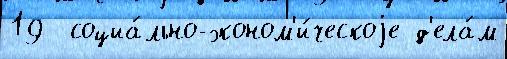
19  социа́льно-эконом'и́ческоjе д'ела́м